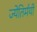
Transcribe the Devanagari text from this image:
ज्येतिर्मयी